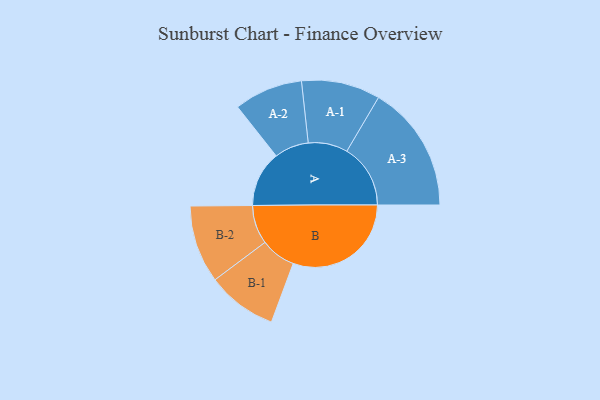
{"axis": {"x": "Segment", "y": "Value"}, "legend": ["", "A", "B"], "data": [{"x": "A", "y": 221, "type": ""}, {"x": "B", "y": 468, "type": ""}, {"x": "A-1", "y": 156, "type": "A"}, {"x": "A-2", "y": 136, "type": "A"}, {"x": "A-3", "y": 252, "type": "A"}, {"x": "B-1", "y": 139, "type": "B"}, {"x": "B-2", "y": 154, "type": "B"}]}